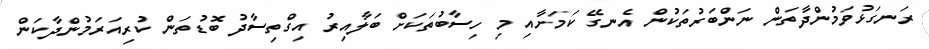
ރަނގަޅުވަމުންދާތަން ނަންބަރުތަކުން އެނގޭ ކަމަށާއި މި ހިސާބުތަކަށް ބަލާއިރު އިގްތިސާދު ބޮޑުތަން ކުރިއަރަމުންދާކަން